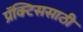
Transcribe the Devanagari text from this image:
प्रॅक्टिससाठी